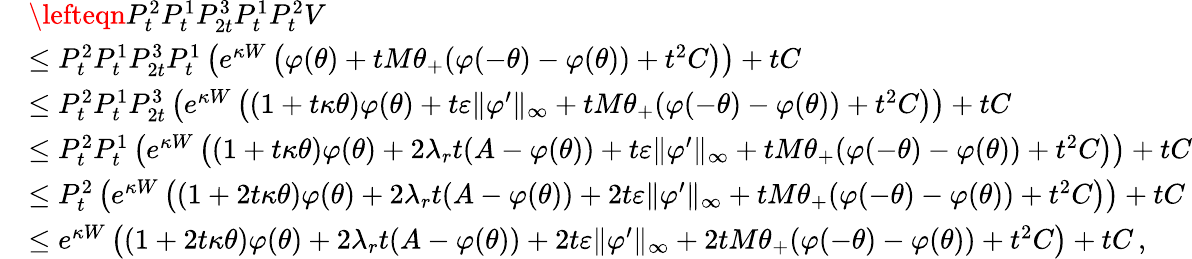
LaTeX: \begin{array}{rl}&{\lefteqn{P_{t}^{2}P_{t}^{1}P_{2t}^{3}P_{t}^{1}P_{t}^{2}V}}\\ &{\leq P_{t}^{2}P_{t}^{1}P_{2t}^{3}P_{t}^{1}\left(e^{\kappa W}\left(\varphi(\theta)+tM\theta_{+}(\varphi(-\theta)-\varphi(\theta))+t^{2}C\right)\right)+tC}\\ &{\leq P_{t}^{2}P_{t}^{1}P_{2t}^{3}\left(e^{\kappa W}\left((1+t\kappa\theta)\varphi(\theta)+t\varepsilon\| \varphi^{\prime}\| _{\infty}+tM\theta_{+}(\varphi(-\theta)-\varphi(\theta))+t^{2}C\right)\right)+tC}\\ &{\leq P_{t}^{2}P_{t}^{1}\left(e^{\kappa W}\left((1+t\kappa\theta)\varphi(\theta)+2\lambda_{r}t(A-\varphi(\theta))+t\varepsilon\| \varphi^{\prime}\| _{\infty}+tM\theta_{+}(\varphi(-\theta)-\varphi(\theta))+t^{2}C\right)\right)+tC}\\ &{\leq P_{t}^{2}\left(e^{\kappa W}\left((1+2t\kappa\theta)\varphi(\theta)+2\lambda_{r}t(A-\varphi(\theta))+2t\varepsilon\| \varphi^{\prime}\| _{\infty}+tM\theta_{+}(\varphi(-\theta)-\varphi(\theta))+t^{2}C\right)\right)+tC}\\ &{\leq e^{\kappa W}\left((1+2t\kappa\theta)\varphi(\theta)+2\lambda_{r}t(A-\varphi(\theta))+2t\varepsilon\| \varphi^{\prime}\| _{\infty}+2tM\theta_{+}(\varphi(-\theta)-\varphi(\theta))+t^{2}C\right)+tC\, ,}\end{array}